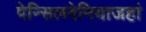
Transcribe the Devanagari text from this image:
पेन्सिलवेनियाजहां